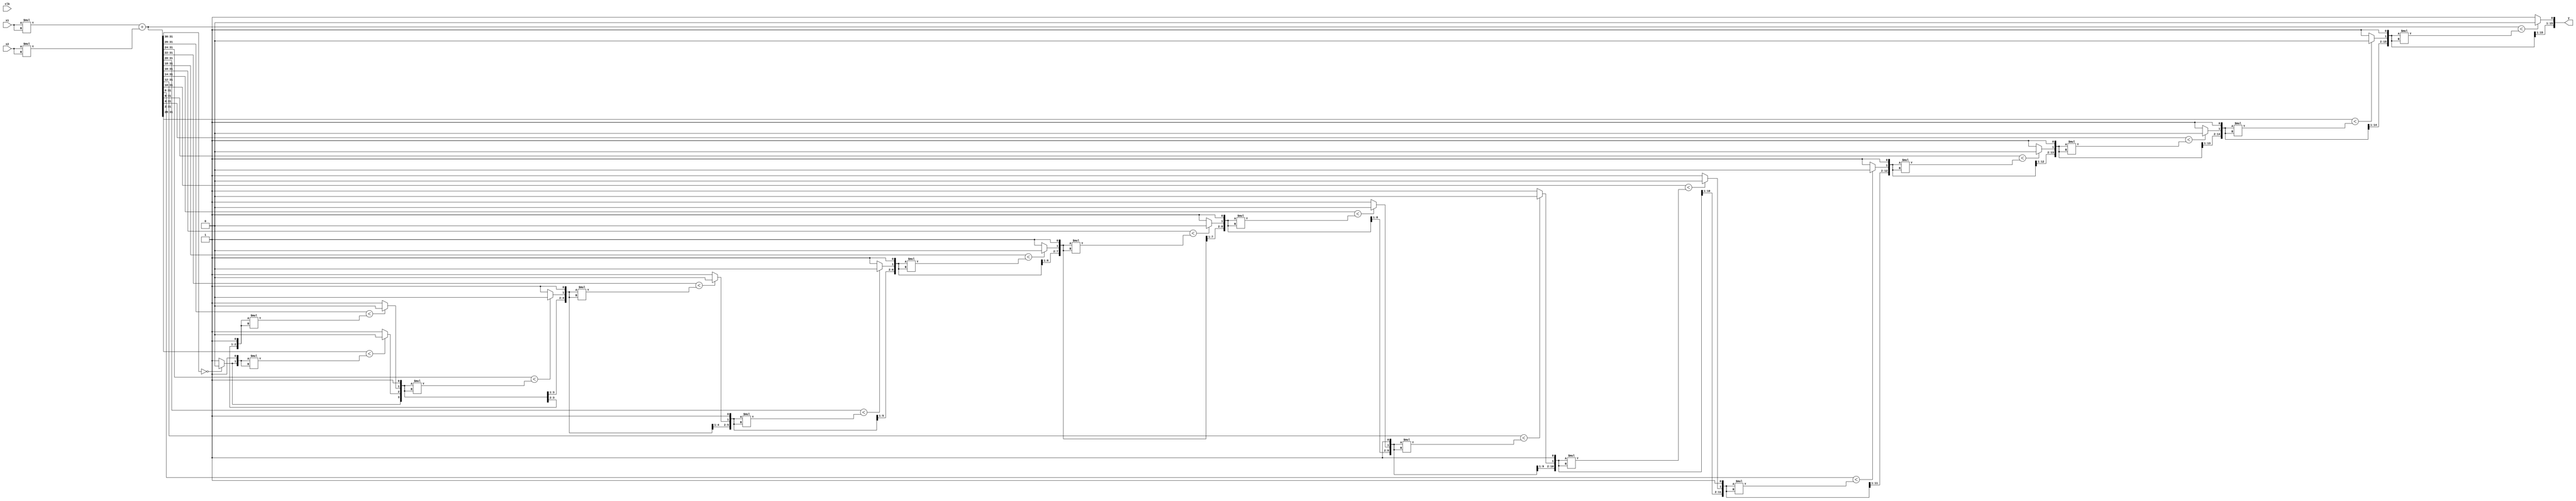
module sqrt
    #(parameter DATA_IN_WIDTH = 16)
    (
    input   wire                                    clk,
    input   wire    signed  [ DATA_IN_WIDTH-1:  0 ] x1,
    input   wire    signed  [ DATA_IN_WIDTH-1:  0 ] x2,
    output  wire            [ DATA_IN_WIDTH-1:  0 ] y
    );

localparam DATA_WIDTH_SQUARING = (2*DATA_IN_WIDTH) - 1;
wire    [ DATA_WIDTH_SQUARING-1 :  0 ] x1_2 = x1*x1;
wire    [ DATA_WIDTH_SQUARING-1 :  0 ] x2_2 = x2*x2;

localparam DATA_WIDTH_SUM = DATA_WIDTH_SQUARING+1;
wire    [ DATA_WIDTH_SUM-1 :  0 ] x = x1_2 + x2_2;

assign y[DATA_IN_WIDTH-1] = x[(DATA_WIDTH_SUM-1)-:2] == 2'b00 ? 1'b0 : 1'b1;
genvar k;
generate
    for(k = DATA_IN_WIDTH-2; k >= 0; k = k - 1)
    begin: gen
        assign y[k] = x[(DATA_WIDTH_SUM-1)-:(2*(DATA_IN_WIDTH-k))] < 
        {y[DATA_IN_WIDTH-1:k+1],1'b1}*{y[DATA_IN_WIDTH-1:k+1],1'b1} ? 1'b0 : 1'b1;
    end
endgenerate

endmodule